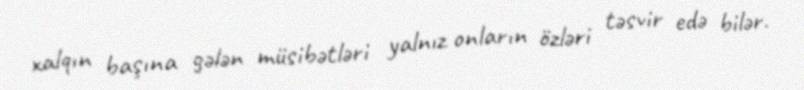
xalqın başına gələn müsibətləri yalnız onların özləri təsvir edə bilər.